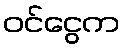
ဝင်ငွေက